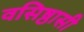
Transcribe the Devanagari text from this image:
वसिष्ठासी